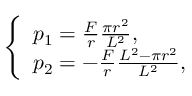
\left\{ \begin{array} { l } { p _ { 1 } = \frac { F } { r } \frac { \pi r ^ { 2 } } { L ^ { 2 } } , } \\ { p _ { 2 } = - \frac { F } { r } \frac { L ^ { 2 } - \pi r ^ { 2 } } { L ^ { 2 } } , } \end{array} \right.